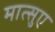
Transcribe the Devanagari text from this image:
मात्सुए